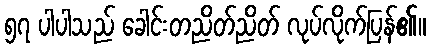
၅၇ ပါပါသည် ခေါင်းတညိတ်ညိတ် လုပ်လိုက်ပြန်၏။